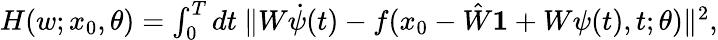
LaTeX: \begin{array}{r}{H(w;x_{0},\theta)=\int_{0}^{T}dt\ \lVert W\dot{\psi}(t)-f(x_{0}-\hat{W}\boldsymbol{1}+W\psi(t),t;\theta)\lVert^{2},}\end{array}